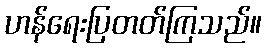
ဟန်ရေးပြတတ်ကြသည်။